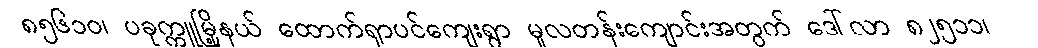
၈၅၆၁ဝ၊ ပခုက္ကူမြို့နယ် ထောက်ရှာပင်ကျေးရွာ မူလတန်းကျောင်းအတွက် ဒေါ်လာ ၈၂၅၁၁၊